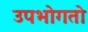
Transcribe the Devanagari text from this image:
उपभोगतो